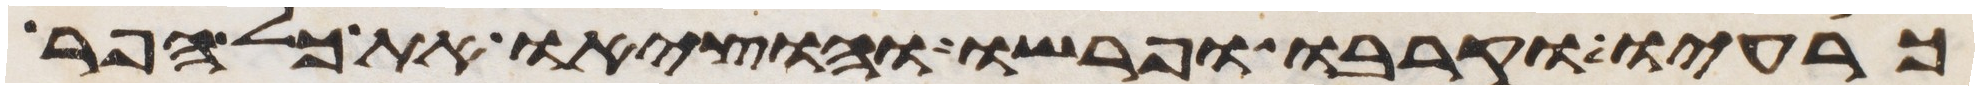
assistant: כרעיו וקרבו ופרשו והוציאו את כל הפר